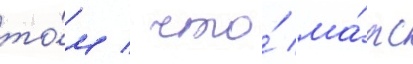
то́м / что́ ма́рс